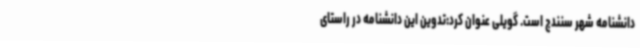
دانشنامه شهر سنندج است. گویلی عنوان کرد:تدوین این دانشنامه در راستای